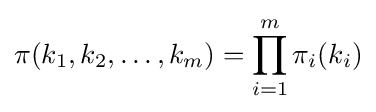
\pi (k_{1},k_{2},\ldots ,k_{m})=\prod _{i=1}^{m}\pi _{i}(k_{i})